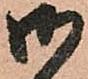
御